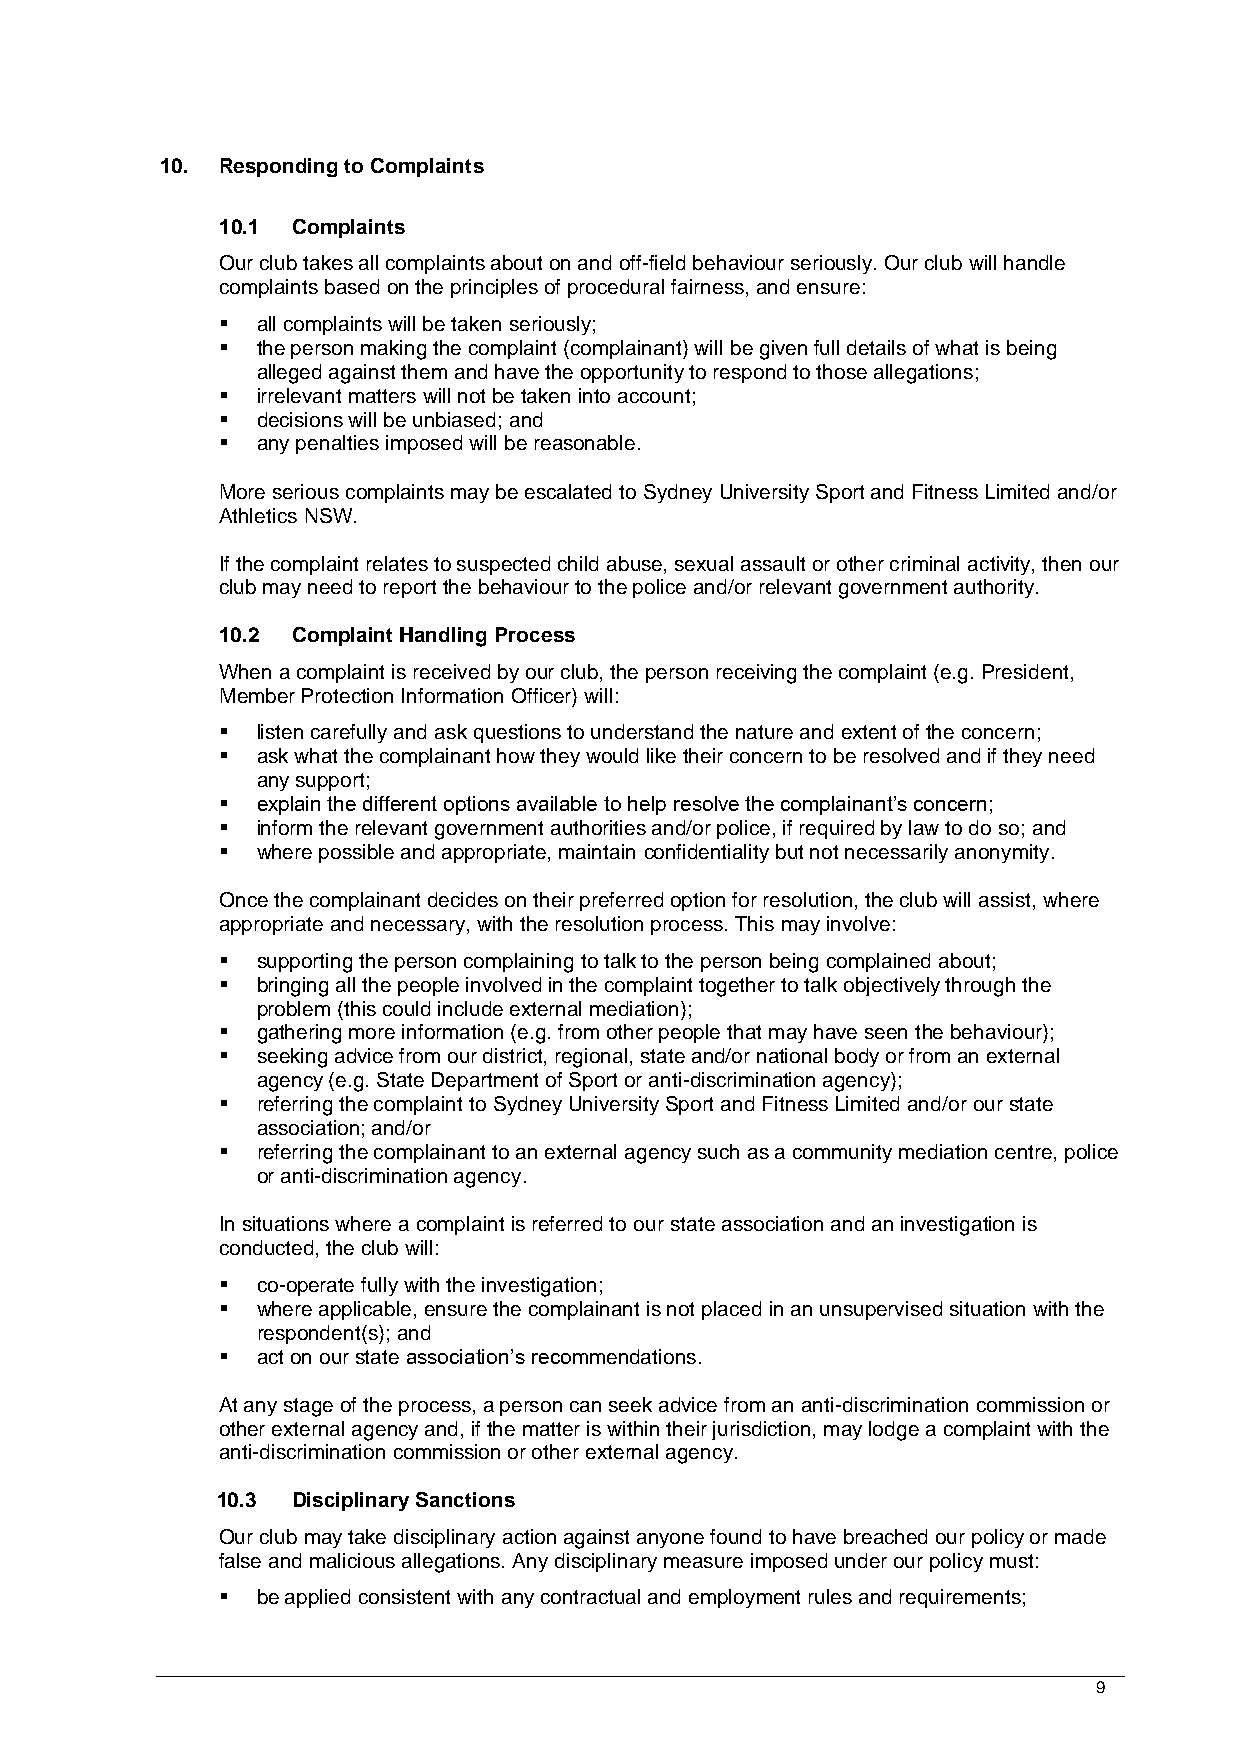
10. Responding to Complaints
 10.1 Complaints
 Our club takes all complaints about on and off-field behaviour seriously. Our club will handle
 complaints based on the principles of procedural fairness, and ensure:
 ▪ all complaints will be taken seriously;
 ▪ the person making the complaint (complainant) will be given full details of what is being
 alleged against them and have the opportunity to respond to those allegations;
 ▪ irrelevant matters will not be taken into account;
 ▪ decisions will be unbiased; and
 ▪ any penalties imposed will be reasonable.
 More serious complaints may be escalated to Sydney University Sport and Fitness Limited and/or
 Athletics NSW.
 If the complaint relates to suspected child abuse, sexual assault or other criminal activity, then our
 club may need to report the behaviour to the police and/or relevant government authority.
 10.2 Complaint Handling Process
 When a complaint is received by our club, the person receiving the complaint (e.g. President,
 Member Protection Information Officer) will:
 ▪ listen carefully and ask questions to understand the nature and extent of the concern;
 ▪ ask what the complainant how they would like their concern to be resolved and if they need
 any support;
 ▪ explain the different options available to help resolve the complainant’s concern;
 ▪ inform the relevant government authorities and/or police, if required by law to do so; and
 ▪ where possible and appropriate, maintain confidentiality but not necessarily anonymity.
 Once the complainant decides on their preferred option for resolution, the club will assist, where
 appropriate and necessary, with the resolution process. This may involve:
 ▪ supporting the person complaining to talk to the person being complained about;
 ▪ bringing all the people involved in the complaint together to talk objectively through the
 problem (this could include external mediation);
 ▪ gathering more information (e.g. from other people that may have seen the behaviour);
 ▪ seeking advice from our district, regional, state and/or national body or from an external
 agency (e.g. State Department of Sport or anti-discrimination agency);
 ▪ referring the complaint to Sydney University Sport and Fitness Limited and/or our state
 association; and/or
 ▪ referring the complainant to an external agency such as a community mediation centre, police
 or anti-discrimination agency.
 In situations where a complaint is referred to our state association and an investigation is
 conducted, the club will:
 ▪ co-operate fully with the investigation;
 ▪ where applicable, ensure the complainant is not placed in an unsupervised situation with the
 respondent(s); and
 ▪ act on our state association’s recommendations.
 At any stage of the process, a person can seek advice from an anti-discrimination commission or
 other external agency and, if the matter is within their jurisdiction, may lodge a complaint with the
 anti-discrimination commission or other external agency.
 10.3 Disciplinary Sanctions
 Our club may take disciplinary action against anyone found to have breached our policy or made
 false and malicious allegations. Any disciplinary measure imposed under our policy must:
 ▪ be applied consistent with any contractual and employment rules and requirements;
 9